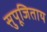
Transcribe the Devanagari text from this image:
सुपूजिताय